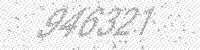
Solution: 946321